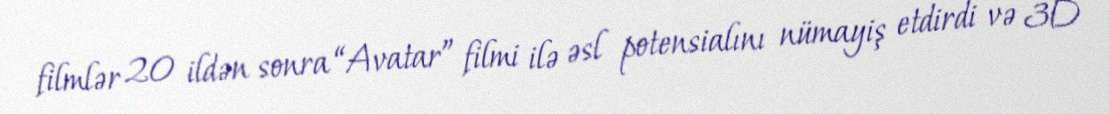
filmlər 20 ildən sonra “Avatar” filmi ilə əsl potensialını nümayiş etdirdi və 3D